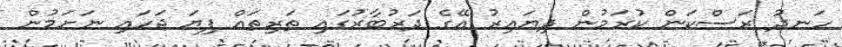
ހަނދު ރަސްކަން ކުރަމުން ދިޔައިރު އޭގެ ދަރުބާރުގައި ތަރިތައް ފިޔަ ޖަހައި ނަށަމުން